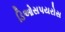
ડિઓસપયરોસ